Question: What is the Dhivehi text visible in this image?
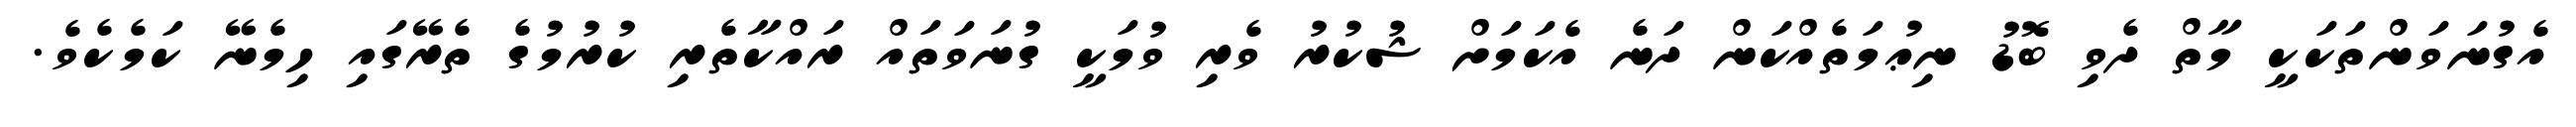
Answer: އެގުނަވަންތަކަކީ މާތް ދެވި ބޮޑު ނިޢުމަތެއްކަން ދަނެ އެކަމަށް ޝުކުރު ވެރި ވުމަކީ ގުނަވަތައް ރައްކާތެރި ކުރުމުގެ ތެރޭގައި ހިމެނޭ ކަމެކެވެ.